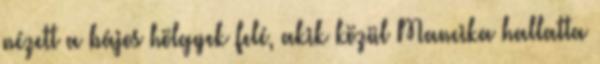
nézett a bájos hölgyek felé, akik közül Mancika hallatta